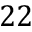
2 2